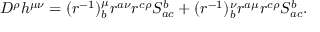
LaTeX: D ^ { \rho } h ^ { \mu \nu } = ( r ^ { - 1 } ) _ { b } ^ { \mu } r ^ { a \nu } r ^ { c \rho } S _ { a c } ^ { b } + ( r ^ { - 1 } ) _ { b } ^ { \nu } r ^ { a \mu } r ^ { c \rho } S _ { a c } ^ { b } .